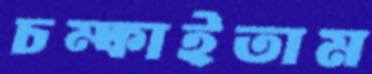
চম্‌কাইতাম